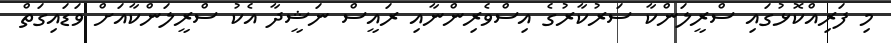
މި ފަރިއްކޮޅުގައި ސްރީލަންކާ ސަރުކާރުގެ އިސްވެރިންނާއި ރައީސް ނަޝީދާ އެކު ސްރީލަންކާއަށް ވަޑައިގަތް